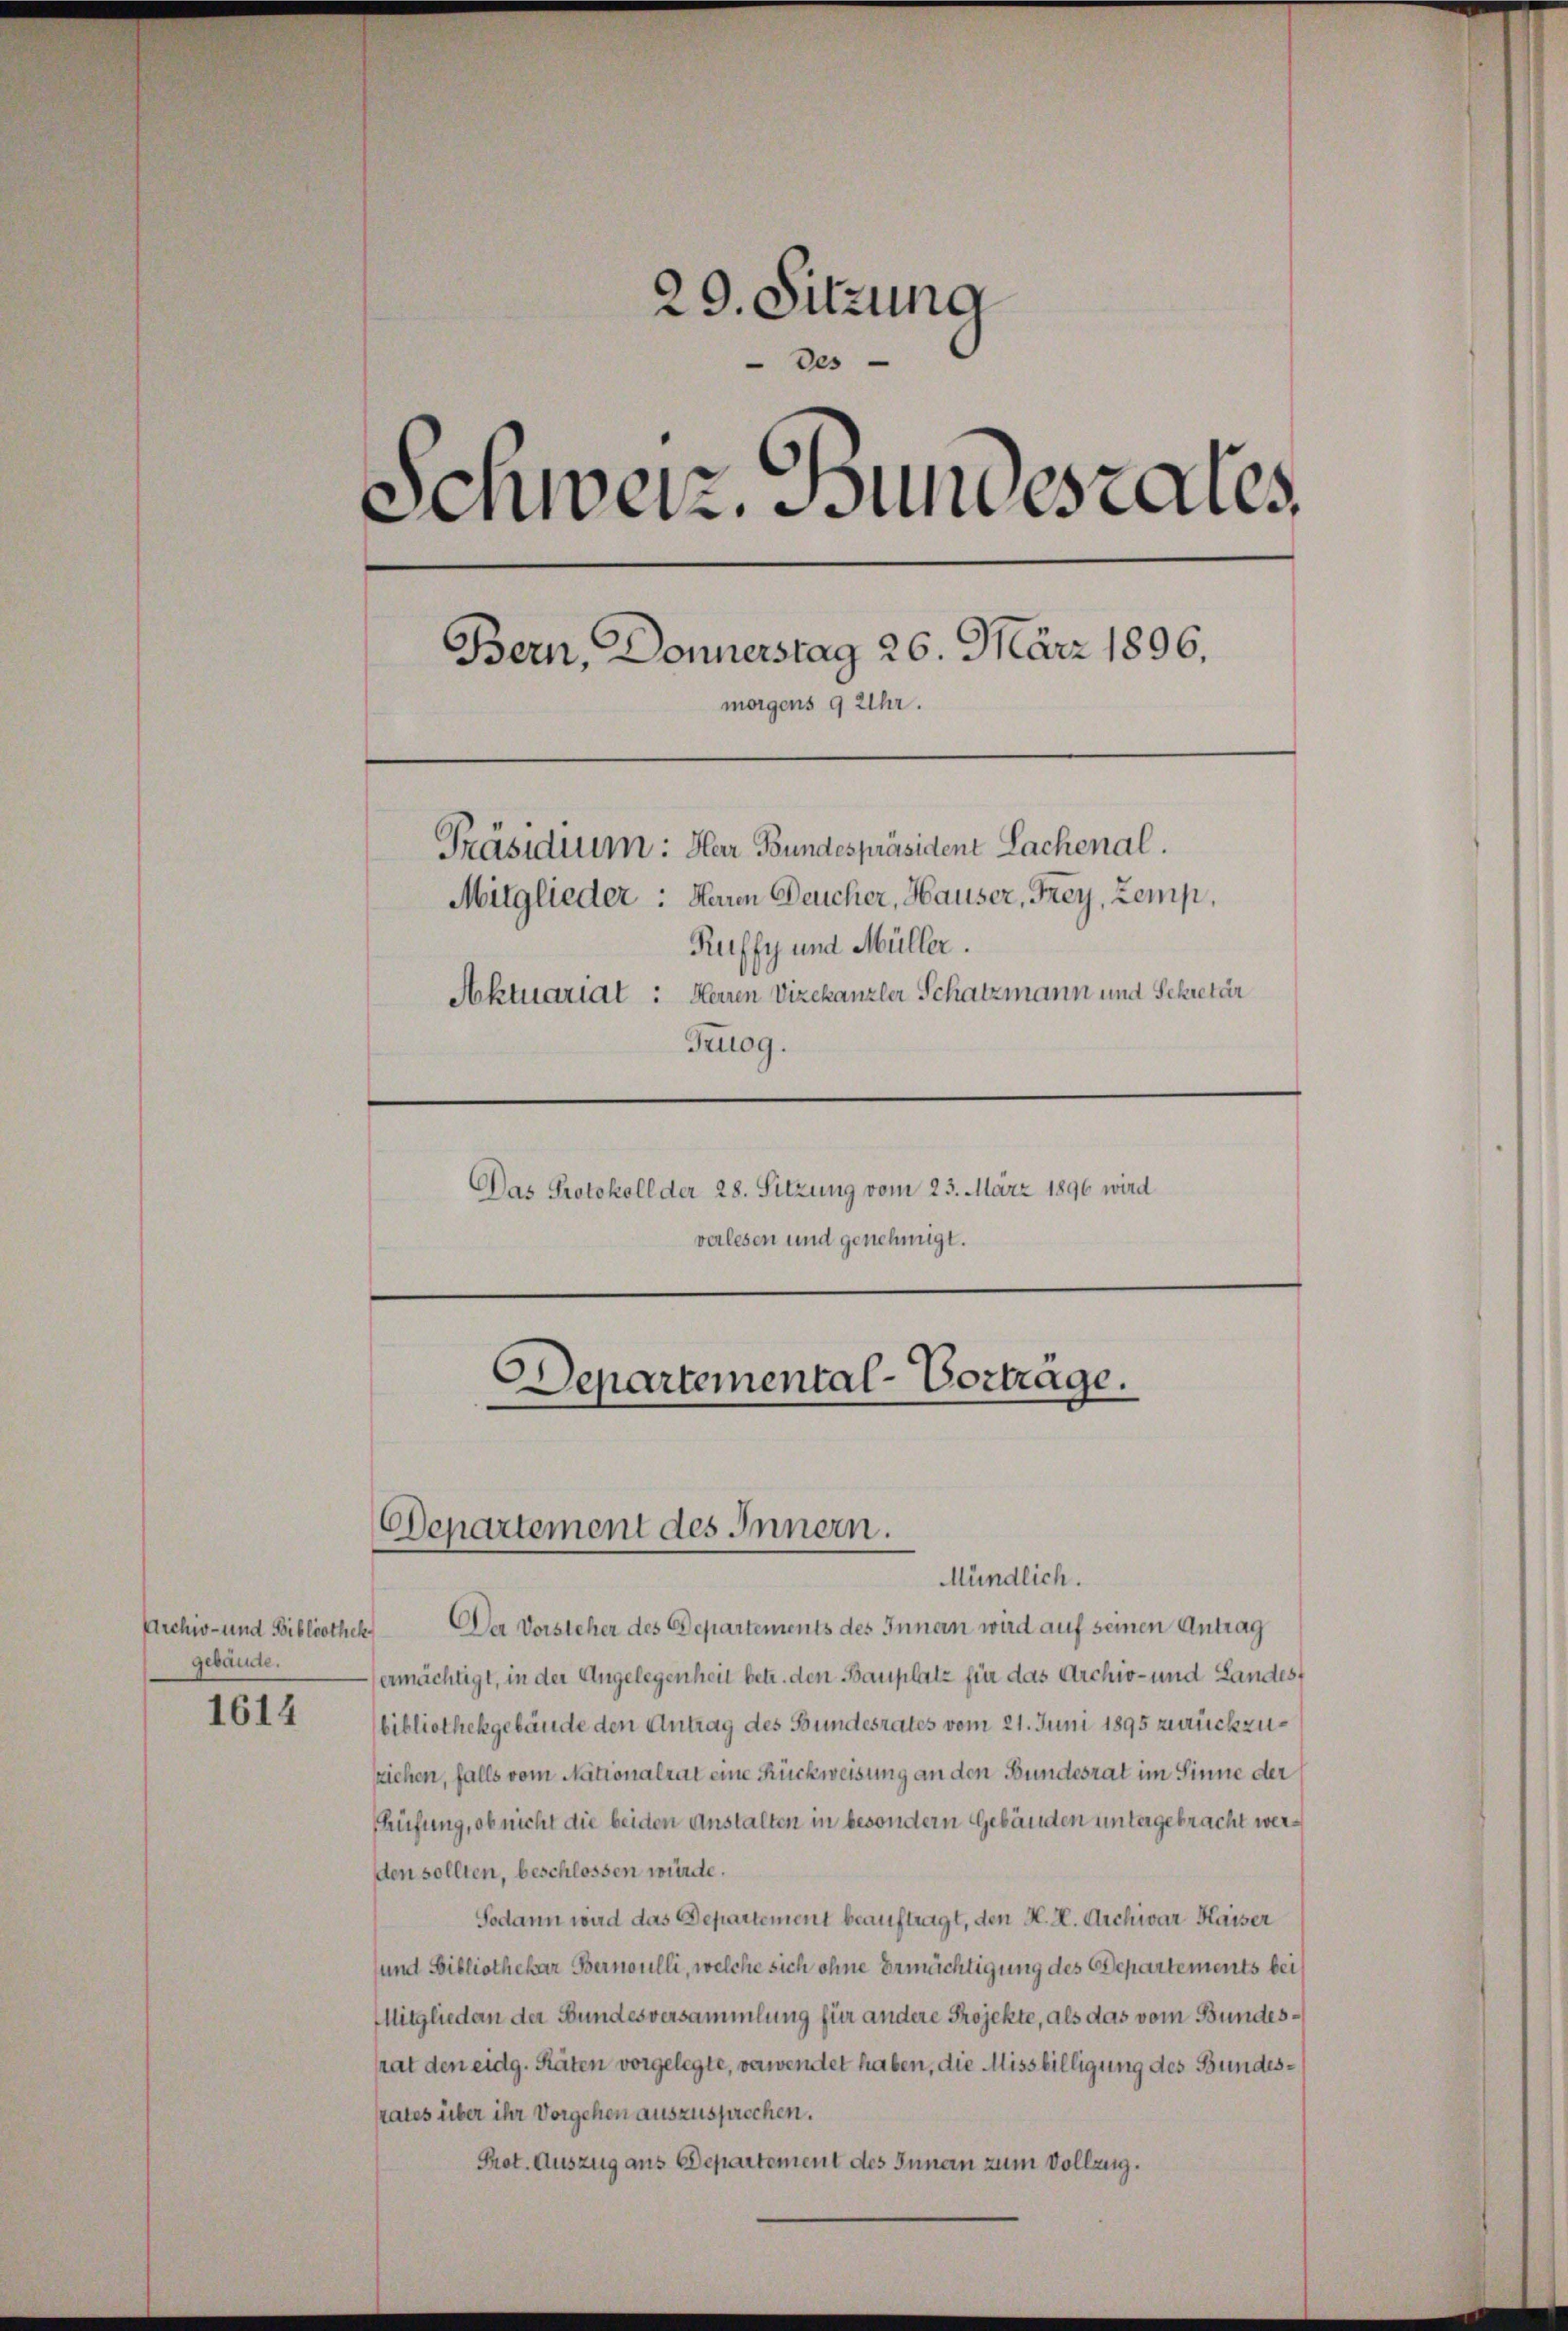
Archiv- und Bibliothek
gebäude.

1614

29. Sitzung
Des
Schweiz. Sundesrates
Bern, Donnerstag 26. März 1896.
morgens 9 Uhr.
Präsidium: Hear Bundespräsident Lachenal.
Mitglieder: Heren Deucher, Hauser, Frey, Zemp,
Ruffy und Müller.
Aktuariat: Herren Vizekanzler Schatzmann und Schretär
Fruog.
Das Protokoll der 28. Sitzung vom 23. März 1896 wird
verlesen und genehmigt.

Departemental-Vortrage.
Departement des Innern.

Mündlich.
Der Vorsteher des Departements des Innan wird auf seinen Antrag
ermächtigt, in der Angelegenheit betr. den Bauplatz für das Archiv- und Landes
bibliothekgebäude den Antrag des Bundesrates vom 21. Juni 1895 zurückzuziehen, falls vom Nationalrat eine Rückweisung an den Bundesrat im Sinne der
Prüfung, ob nicht die beiden Anstalten in besondern Gebäuden untergebracht werden sollten, beschlossen würde.
Sodann wird das Departement beauftragt, den H. H. Archivar Kaiser
und Bibliothekar Bernoulli, welche sich ohne Ermächtigung des Departements bei
Mitglieden der Bundesversammlung für andere Projekte, als das vom Bundesrat den eidg. Räten vorgelegte, verwendet haben, die Missbilligung des Bundessrates über ihr Vorgehen auszusprechen.
Prot. Auszug aus Departement des Innern zum Vollzug.